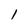
Character: 1